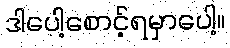
ဒါပေါ့စောင့်ရမှာပေါ့။